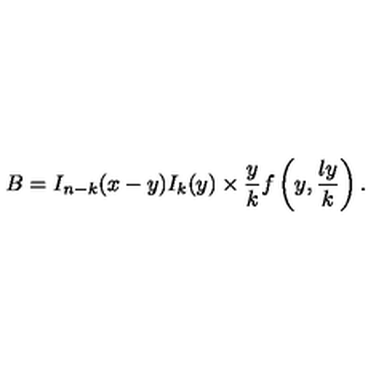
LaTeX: B = I _ { n - k } ( x - y ) I _ { k } ( y ) \times \frac { y } { k } f \left( y , \frac { l y } { k } \right) .